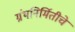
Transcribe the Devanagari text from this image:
ग्रंथनिर्मितीचे